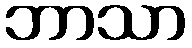
ဘာသာ